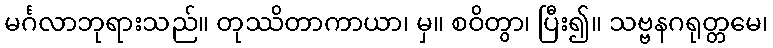
မင်္ဂလာဘုရားသည်။ တုဿိတာကာယာ၊ မှ။ စဝိတွာ၊ ပြီး၍။ သဗ္ဗနဂရုတ္တမေ၊